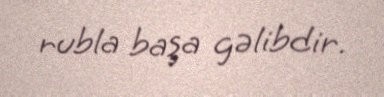
rubla başa gəlibdir.